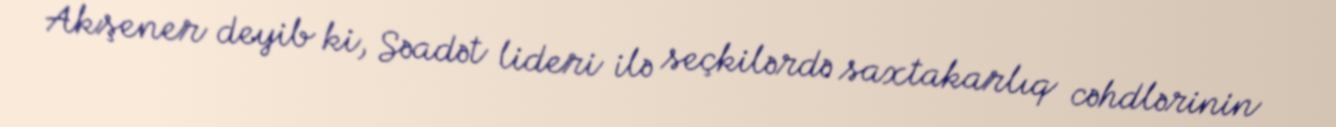
Akşener deyib ki, Səadət lideri ilə seçkilərdə saxtakarlıq cəhdlərinin